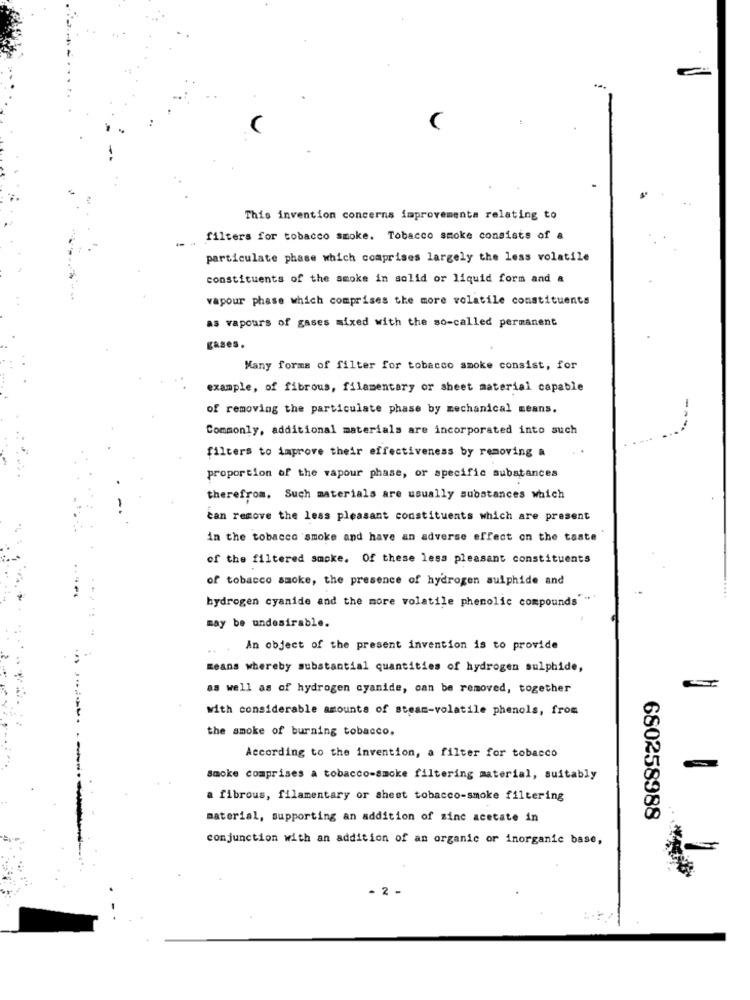
...
This invention concerns improvements relating to
filters for tobacco smoke. Tobacco smoke consists of a
particulate phase which comprises largely the less volatile
constituents of the smoke in solid or liquid form and a
vapour phase which comprises the more volatile constituents
as vapours of gases mixed with the so-called permanent
gases.
Many forms of filter for tobacco smoke consist, for
example, of fibrous, filamentary or sheet material capable
of removing the particulate phase by mechanical means.
Commonly, additional materials are incorporated into such
filters to improve their effectiveness by removing a
proportion of the vapour phase, or specific substances
therefrom. Such materials are usually substances which
can remove the less pleasant constituents which are present
in the tobacco smoke and have an adverse effect on the taste
of the filtered smoke. Of these less pleasant constituents
of tobacco smoke, the presence of hydrogen sulphide and
hydrogen cyanide and the more volatile phenolic compounds"".
may be undesirable.
An object of the present invention is to provide
means whereby substantial quantities of hydrogen sulphide,
as well as of hydrogen cyanide, can be removed, together
with considerable amounts of steam-volatile phenols, from
the smoke of burning tobacco.
According to the invention, a filter for tobacco
Smoke comprises a tobacco-smoke filtering material, suitably
a fibrous, filamentary or sheet tobacco-smoke filtering
material, supporting an addition of sinc acetate in
680258988
conjunction with an addition of an organic or inorganic base,
- 2 -